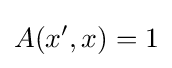
A(x',x)=1